65_HS1-834228961_62-HQ-83894_Section_3
Agency: FBI
Page 121
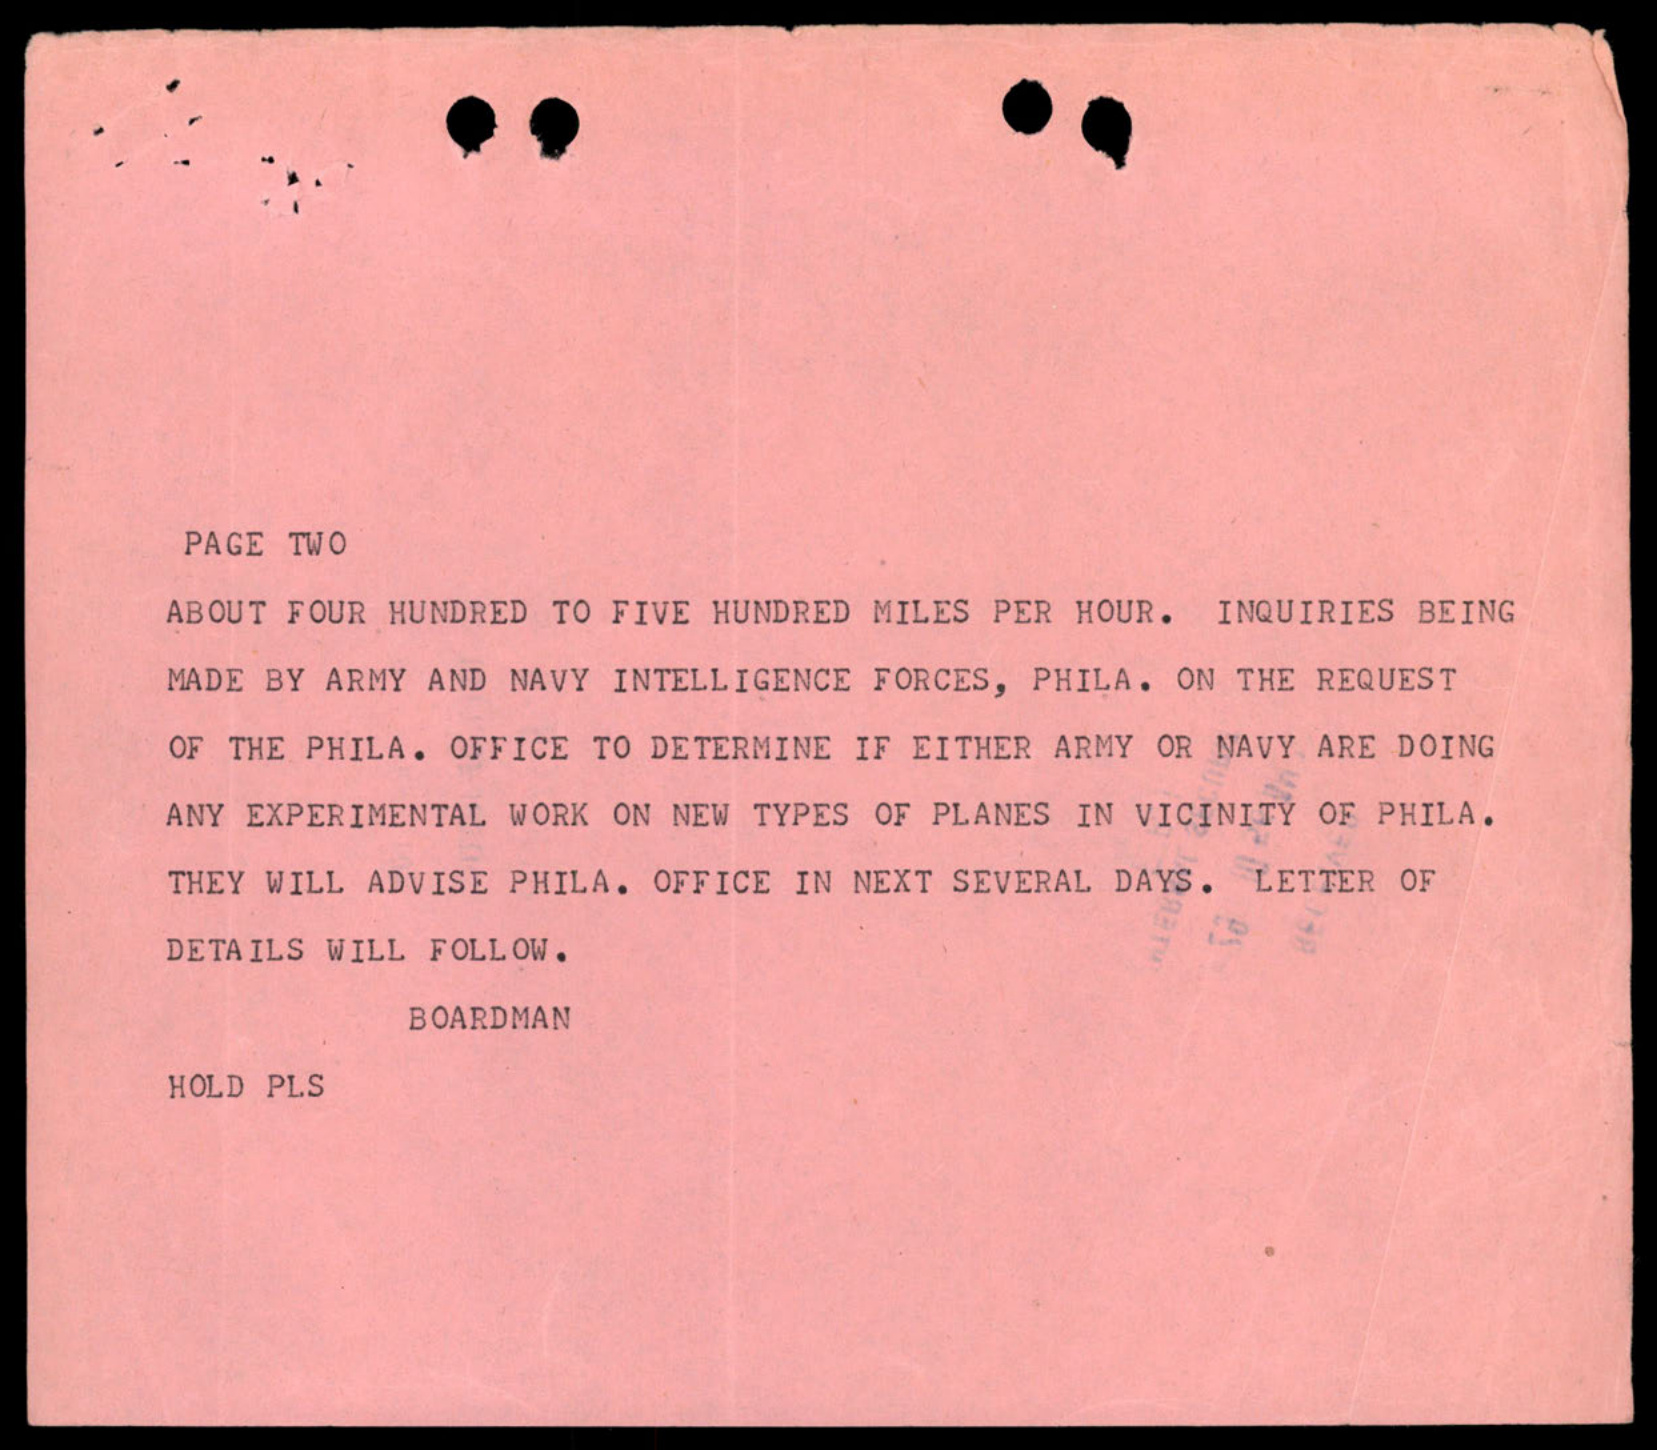